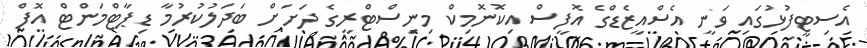
އެސިޓީފުޅުގައި ވަނީ އެސްއީޒެޑްގެ އޮފީސް އިކޮނޮމިކް މިނިސްޓްރީގެ ދަށަށް ބަދަލުކުރުމާ ޑިޕާޓްމަންޓް އޮފް